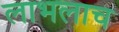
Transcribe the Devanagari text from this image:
लाभलाच